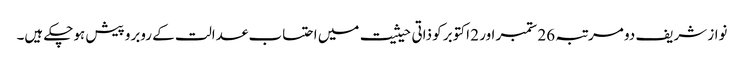
نواز شریف دو مرتبہ 26 ستمبر اور 2 اکتوبر کو ذاتی حیثیت میں احتساب عدالت کے روبرو پیش ہوچکے ہیں۔